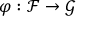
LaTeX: \varphi : { \mathcal { F } } \rightarrow { \mathcal { G } }